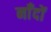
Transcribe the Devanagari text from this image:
नाँदों